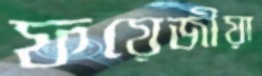
ফয়েজীয়া